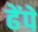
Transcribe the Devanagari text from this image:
ढेंपे